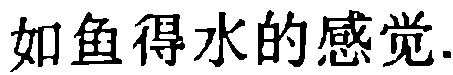
如鱼得水的感觉.